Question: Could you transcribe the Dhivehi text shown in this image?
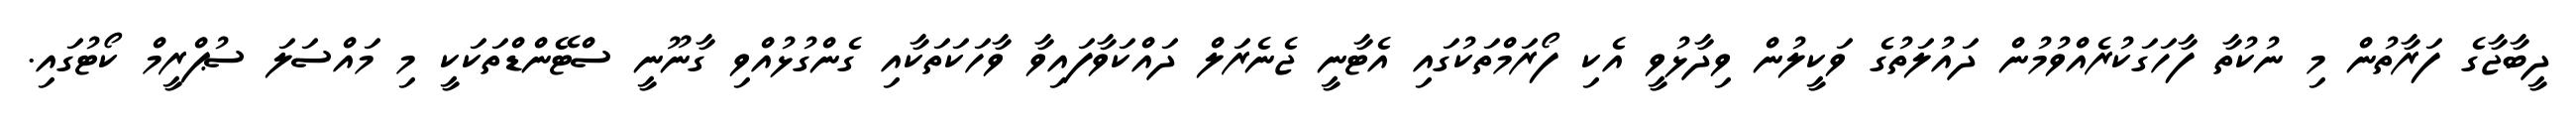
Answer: ދީބާޖާގެ ފަރާތުން މި ނުކުތާ ފާހަގަކުރެއްވުމުން ދައުލަތުގެ ވަކީލުން ވިދާޅުވީ އެކި ފޯރަމްތަކުގައި އެޓާނީ ޖެނެރަލް ދައްކަވާފައިވާ ވާހަކަތަކާއި ގެންގުޅުއްވި ގާނޫނީ ސްޓޭންޑްތަކަކީ މި މައްސަލަ ސުޕްރީމް ކޯޓުގައި.